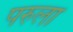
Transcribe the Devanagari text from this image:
परुला